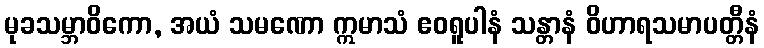
မုခသမ္ဘာဝိကော, အယံ သမဏော ဣမာသံ ဧဝရူပါနံ သန္တာနံ ဝိဟာရသမာပတ္တီနံ